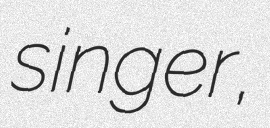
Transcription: singer,